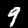
Label: 9